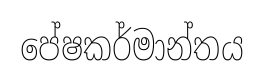
පේෂකර්මාන්තය